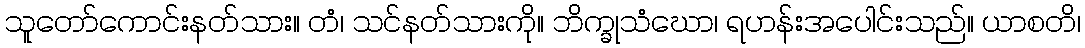
သူတော်ကောင်းနတ်သား။ တံ၊ သင်နတ်သားကို။ ဘိက္ခုသံဃော၊ ရဟန်းအပေါင်းသည်။ ယာစတိ၊